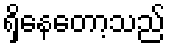
ရှိနေတော့သည်